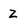
Character: Z